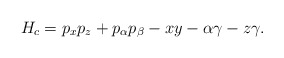
\begin{align*}H_c=p_xp_z+p_\alpha p_\beta -xy-\alpha\gamma-z\gamma.\end{align*}